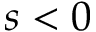
s < 0